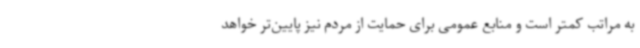
به مراتب کمتر است و منابع عمومی برای حمایت از مردم نیز پایین‌تر خواهد